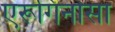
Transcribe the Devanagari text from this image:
एरूगिनोसा